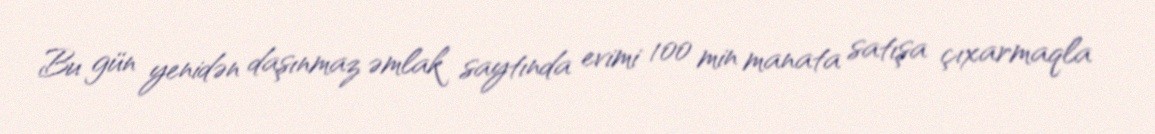
Bu gün yenidən daşınmaz əmlak saytında evimi 100 min manata satışa çıxarmaqla